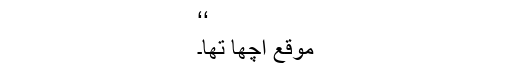
‘‘
موقع اچھا تھا۔